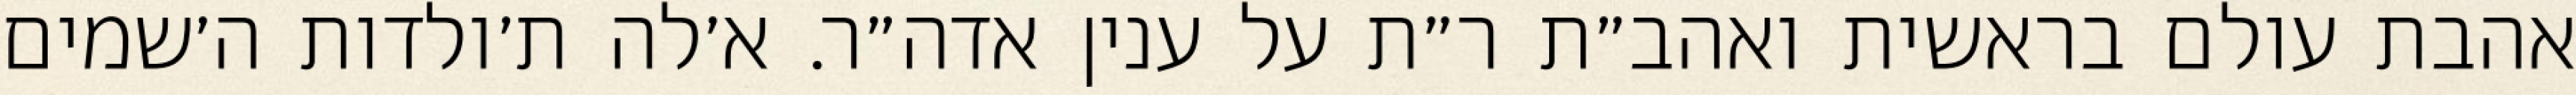
אהבת עולם בראשית ואהב״ת ר״ת על ענין אדה״ר. א׳לה ת׳ולדות ה׳שמים